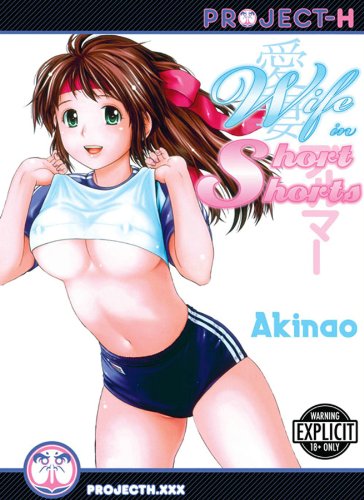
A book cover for Wife In Short Shorts (Hentai Manga); Akinao; Comics & Graphic Novels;